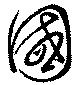
国